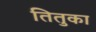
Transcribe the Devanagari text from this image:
तितुका